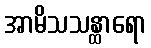
အာမိသသန္ထာရော